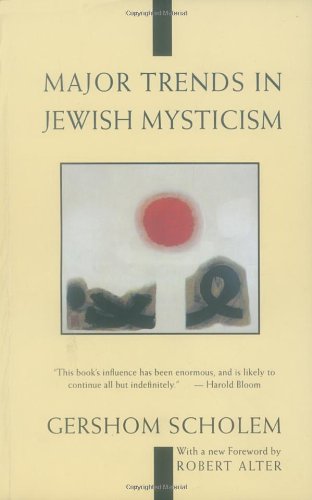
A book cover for Major Trends in Jewish Mysticism; Gershom Scholem; Religion & Spirituality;